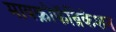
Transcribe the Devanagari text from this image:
मायक्रोफॅब्रिकेशन